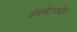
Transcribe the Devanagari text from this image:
शेडनेटमधील